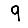
Digit: 9